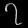
Digit: ၇